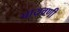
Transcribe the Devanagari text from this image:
पायवणी